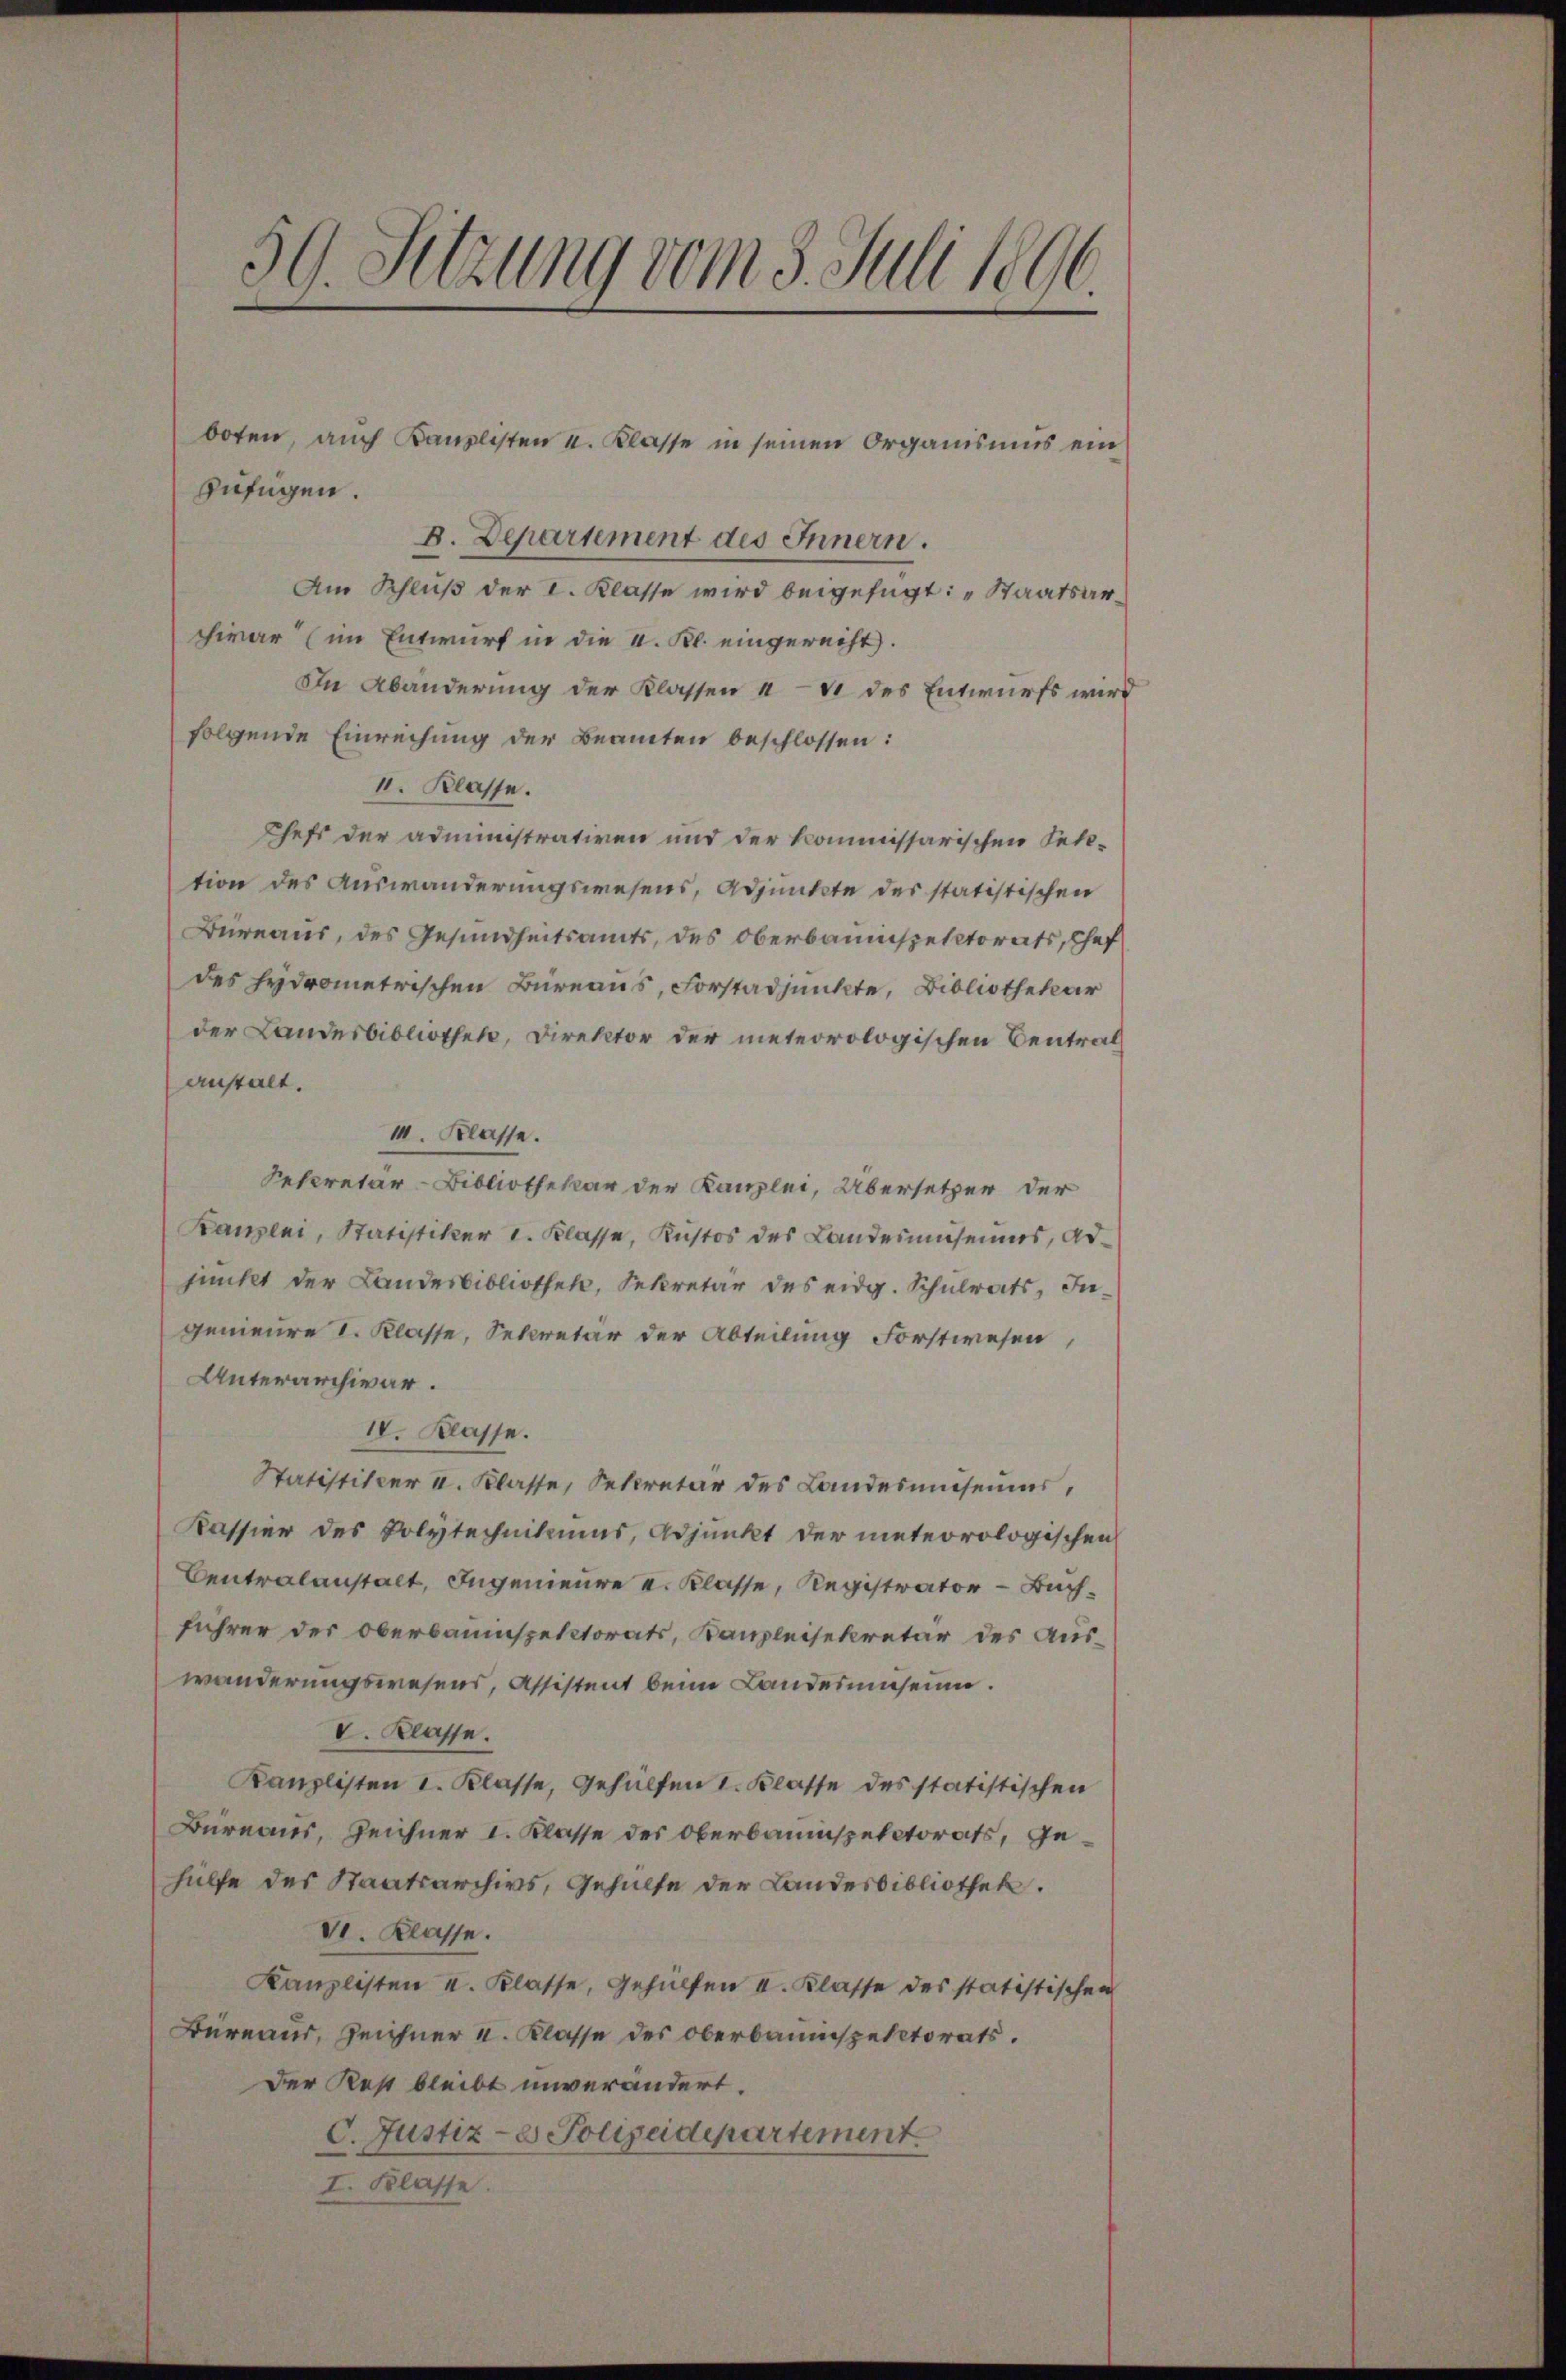
59. Setzung vom 3. Juli 1896.

zufügen.
B. Departement des Innern.
Am Schluß der I. Klasse wird beigefügt: „Staatsarchivar (im Entwurf in die I. Kl. eingerecht.
In Abänderung der Klassen a 4 des Entwurfs wird
folgende Einreichung der Beamten beschlossen:
II. Klasse.
Chefs der administrativen und der kommissarischen Fett-
tion des Auswanderungswesens, Adjunkte des statistischen
Büreaus, des Gesundheitsamts, des Oberbauinspektorats, Chef
des hydrometrischen Büreaus, Forstadjunkte, Bibliothekar
der Landesbibliothek, Direktor der meteorologischen Centralanstalt.
III. Klasse.
Secretär-Bibliothekar der Kanzlei, Übersetzer der
Kanzlei, Statistiker I. Klasse, Kustos des Landesmuseums, adpunkt der Landesbibliothek, Sekretär des eidg. Schulrats, Ingenieure I. Klasse, Secretär der Abteilung Forstwesen,
Unterarchivar.
IV. Klasse.
Statistiker u. Klasse, Sekretär des Landesmuseums,
Kassier des Polytechnikums, Adjunkt der meteorologischen
Centralanstalt, Ingenieure v. Klasse, Registrator Buchführer der Oberbauinspektorats, Kanzleisekretär des Auswanderungswesens, Assistent beim Landerumsein.
V. Klasse.
Kanzlisten I. Klasse, Gehülfen I. Klasse des statistischen
Bureaus, Zeichner I. Klasse des Oberbauinspectorats, gehülfe des Staatsarchivs, Gehülfe der Landesbibliothek.
V. Klasse.
Kanzlisten I. Klasse, Gehülfen I. Klasse des statistischen
Bureaus, Zeichner u. Klasse des Oberbauinspektorats.
Der Rest bleibt unverändert.
C. Justiz- & Polizeidepartement
I. Klasse.

boten, auch Kanzlisten u. Klasse in seinen Organismus ein